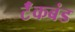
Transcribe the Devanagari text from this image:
टॅंकबंड